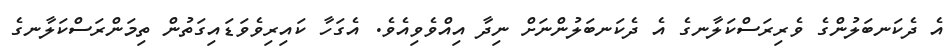
އެ ދެކަނބަލުންގެ ވެރިރަސްކަލާނގެ އެ ދެކަނބަލުންނަށް ނިދާ އިއްވެވިއެވެ. އެގަހާ ކައިރިވެވަޑައިގަތުން ތިމަންރަސްކަލާނގެ